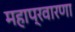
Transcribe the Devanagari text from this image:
महाप्रवारणा